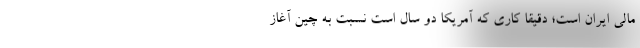
مالی ایران است؛ دقیقاً کاری که آمریکا دو سال است نسبت به چین آغاز